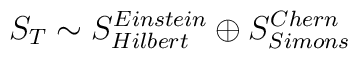
S_T \sim  S^{Einstein}_{Hilbert} \oplus S^{Chern}_{Simons}